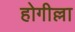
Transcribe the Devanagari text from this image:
होगील्ला